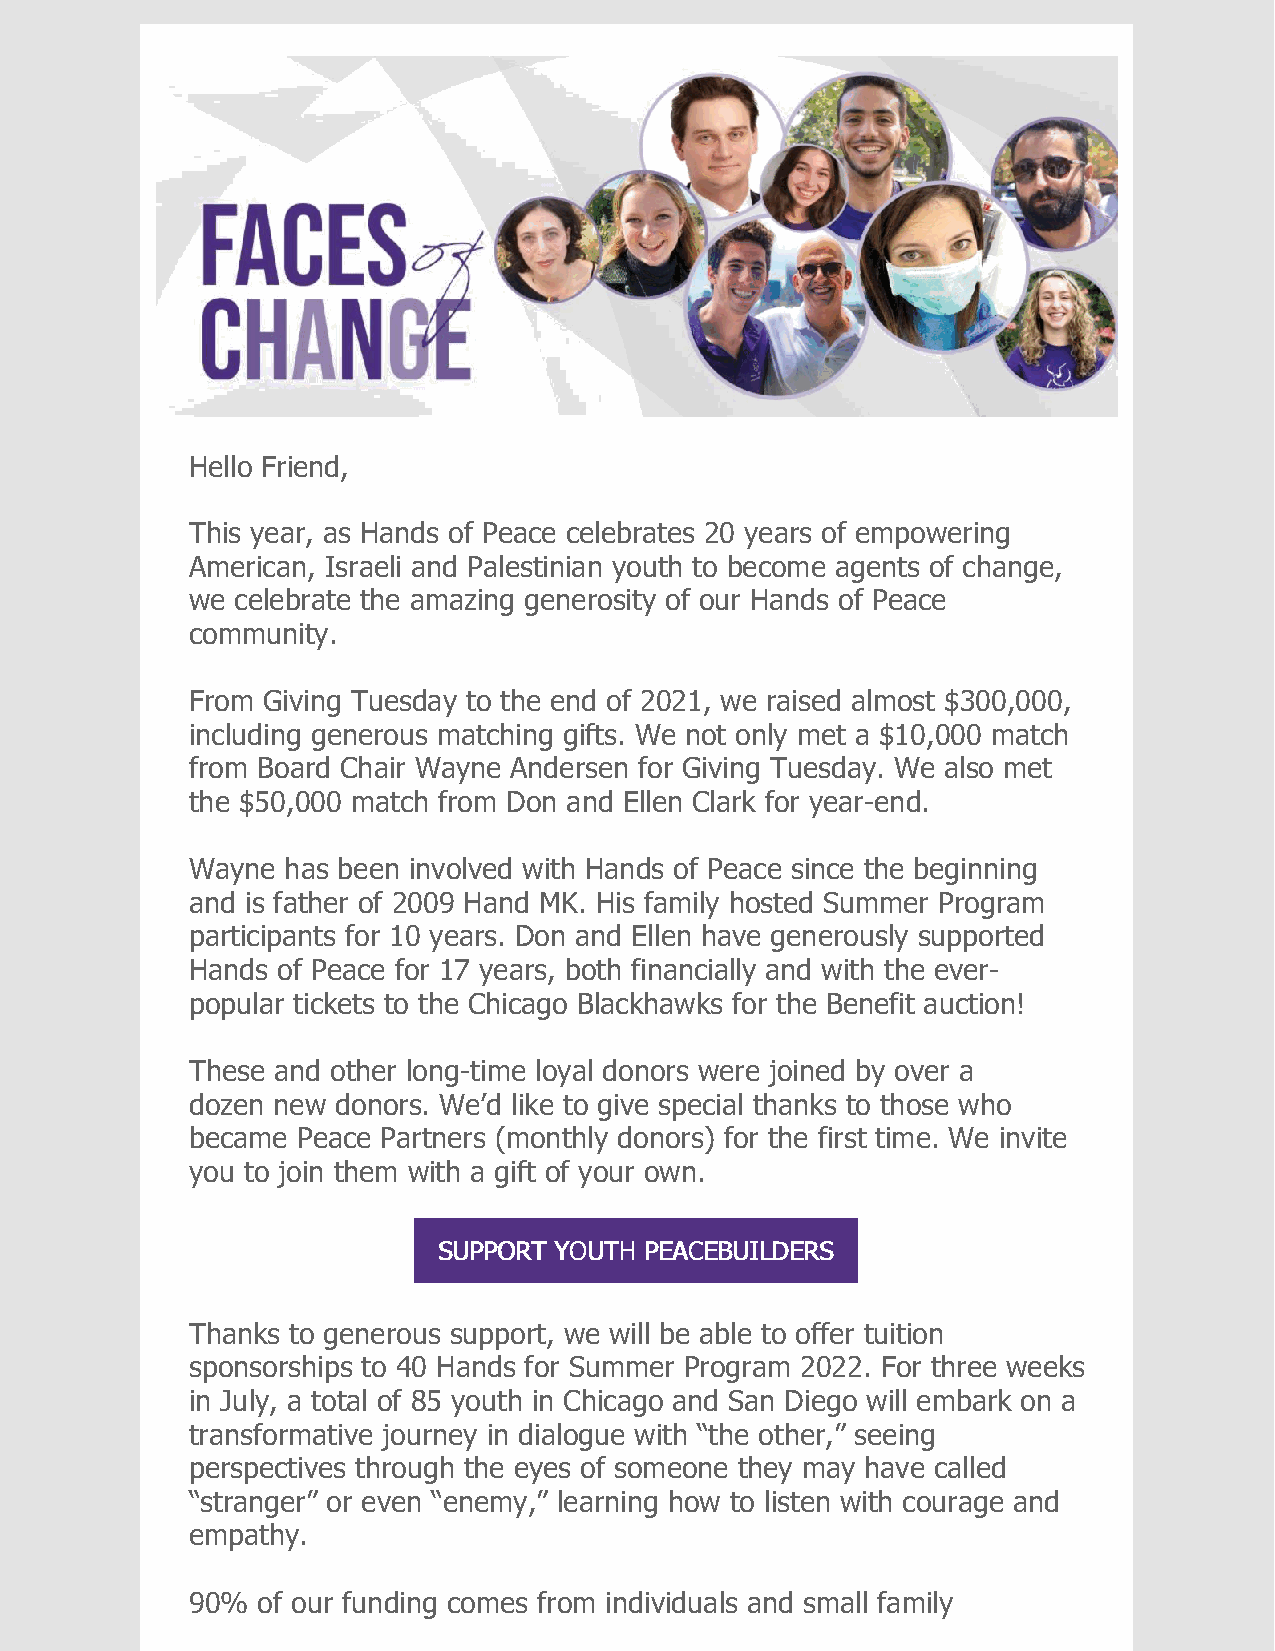
Hello Friend,
 This year, as Hands of Peace celebrates 20 years of empowering
 American, Israeli and Palestinian youth to become agents of change,
 we celebrate the amazing generosity of our Hands of Peace
 community.
 From Giving Tuesday to the end of 2021, we raised almost $300,000,
 including generous matching gifts. We not only met a $10,000 match
 from Board Chair Wayne Andersen for Giving Tuesday. We also met
 the $50,000 match from Don and Ellen Clark for year-end.
 Wayne has been involved with Hands of Peace since the beginning
 and is father of 2009 Hand MK. His family hosted Summer Program
 participants for 10 years. Don and Ellen have generously supported
 Hands of Peace for 17 years, both financially and with the ever-
 popular tickets to the Chicago Blackhawks for the Benefit auction!
 These and other long-time loyal donors were joined by over a
 dozen new donors. We’d like to give special thanks to those who
 became Peace Partners (monthly donors) for the first time. We invite
 you to join them with a gift of your own.
 SSUUPPPPOORRTT YYOOUUTTHH PPEEAACCEEBBUUIILLDDEERRSS
 Thanks to generous support, we will be able to offer tuition
 sponsorships to 40 Hands for Summer Program 2022. For three weeks
 in July, a total of 85 youth in Chicago and San Diego will embark on a
 transformative journey in dialogue with “the other,” seeing
 perspectives through the eyes of someone they may have called
 “stranger” or even “enemy,” learning how to listen with courage and
 empathy.
 90% of our funding comes from individuals and small family